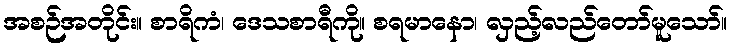
အစဉ်အတိုင်း။ စာရိကံ၊ ဒေသစာရီကို။ စရမာနော၊ လှည့်လည်တော်မူသော်။